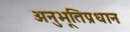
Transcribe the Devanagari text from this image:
अनुभूतिप्रधान